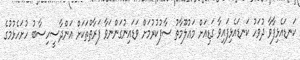
ކަނޑައެޅިފާވާ ދުވަހު ކަނޑައެޅިފައިވާ ގަޑިއަށް މަޢުލޫމާތު ސާފުކުރުމަށް ވަޑައިނުގަންނަވާ ފަރާތްތަކަށް އަންދާސީހިސާބު ހުށަހެޅުމުގެ